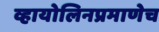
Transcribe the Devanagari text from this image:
व्हायोलिनप्रमाणेच